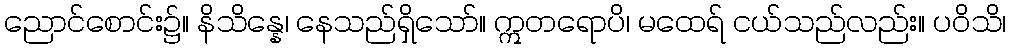
ညောင်စောင်း၌။ နိသိန္နေ၊ နေသည်ရှိသော်။ ဣတရောပိ၊ မထေရ် ငယ်သည်လည်း။ ပဝိသိ၊